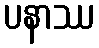
ပနာဿ